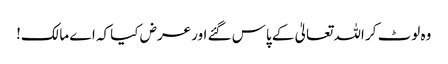
وہ لوٹ کر اللہ تعالیٰ کے پاس گئے اور عرض کیا کہ اے مالک!